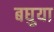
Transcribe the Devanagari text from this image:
बघुया